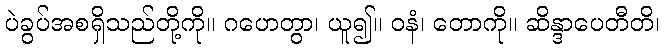
ပဲခွပ်အစရှိသည်တို့ကို။ ဂဟေတွာ၊ ယူ၍။ ဝနံ၊ တောကို။ ဆိန္ဒာပေတီတိ၊